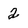
Character: 2